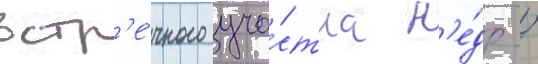
встр'е́чного уча́стка н'е́др /